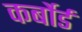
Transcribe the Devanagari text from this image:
कर्बोर्ड